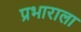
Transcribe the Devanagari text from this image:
प्रभाराला